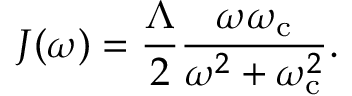
J ( \omega ) = \frac { \Lambda } { 2 } \frac { \omega \omega _ { \mathrm { c } } } { \omega ^ { 2 } + \omega _ { \mathrm { c } } ^ { 2 } } .